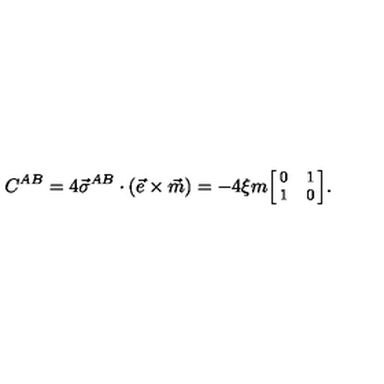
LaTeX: C ^ { A B } = 4 \vec { \sigma } ^ { A B } \cdot ( \vec { e } \times \vec { m } ) = - 4 \xi m { { \footnotesize \left[ \! \! \begin{array} { c c } { 0 } & { 1 } \\ { 1 } & { 0 } \\ \end{array} \! \! \right] } } .